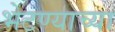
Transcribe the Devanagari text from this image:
भेटण्याच्या